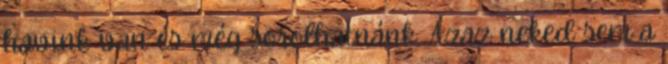
havink van és még sorolhatnánk. Azaz neked sem a